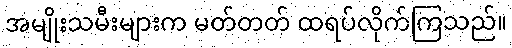
အမျိုးသမီးများက မတ်တတ် ထရပ်လိုက်ကြသည်။